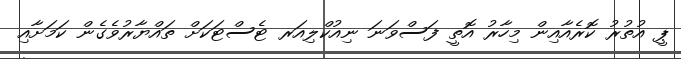
ޕީ އުތުރު ކޮރެއާއިން މިހާރު އޮތީ ފަސްވަނަ ނިއުކްލިއަރ ޓެސްޓަކަށް ތައްޔާރުވެގެން ކަމަށާއި